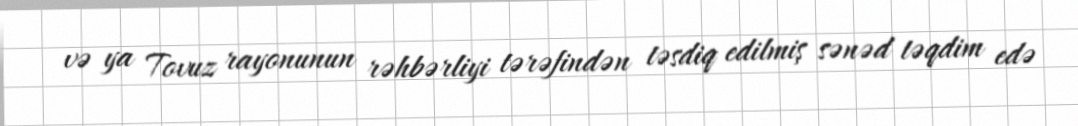
və ya Tovuz rayonunun rəhbərliyi tərəfindən təsdiq edilmiş sənəd təqdim edə